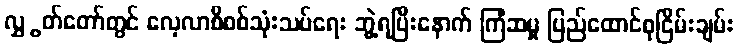
လွှွတ်တော်တွင် လေ့လာစိစစ်သုံးသပ်ရေး ဘွဲ့ရပြီးနောက် ကြံဆမှု ပြည်ထောင်စုငြိမ်းချမ်း